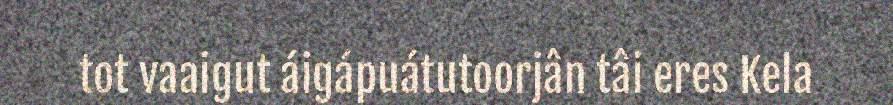
tot vaaigut áigápuátutoorjân tâi eres Kela